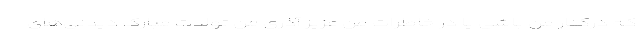
کـه درکنار من باشی یا در خاطرات من عزیز آذری من تولدت مبارک دیدنی‌های